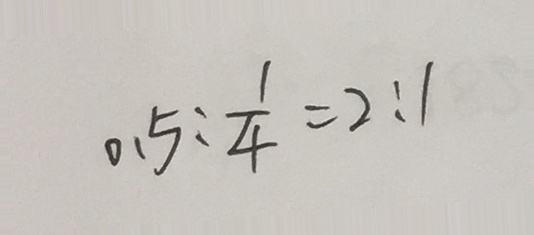
0 . 5 : \frac { 1 } { 4 } = 2 : 1